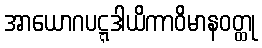
အာယောဂပဋ္ဋဒါယိကာဝိမာနဝတ္ထု